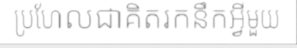
ប្រហែលជាគិតរកនឹកអ្វីមួយ